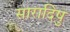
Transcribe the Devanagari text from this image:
सारादिषु